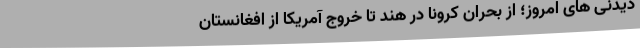
دیدنی های امروز؛ از بحران کرونا در هند تا خروج آمریکا از افغانستان